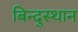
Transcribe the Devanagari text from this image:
बिन्दुस्थान